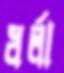
ধর্লা